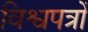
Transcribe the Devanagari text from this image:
विश्वपत्रों